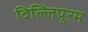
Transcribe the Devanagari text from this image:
विल्लिपुरम